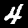
Label: 4